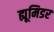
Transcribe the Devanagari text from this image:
ह्यूमिडर